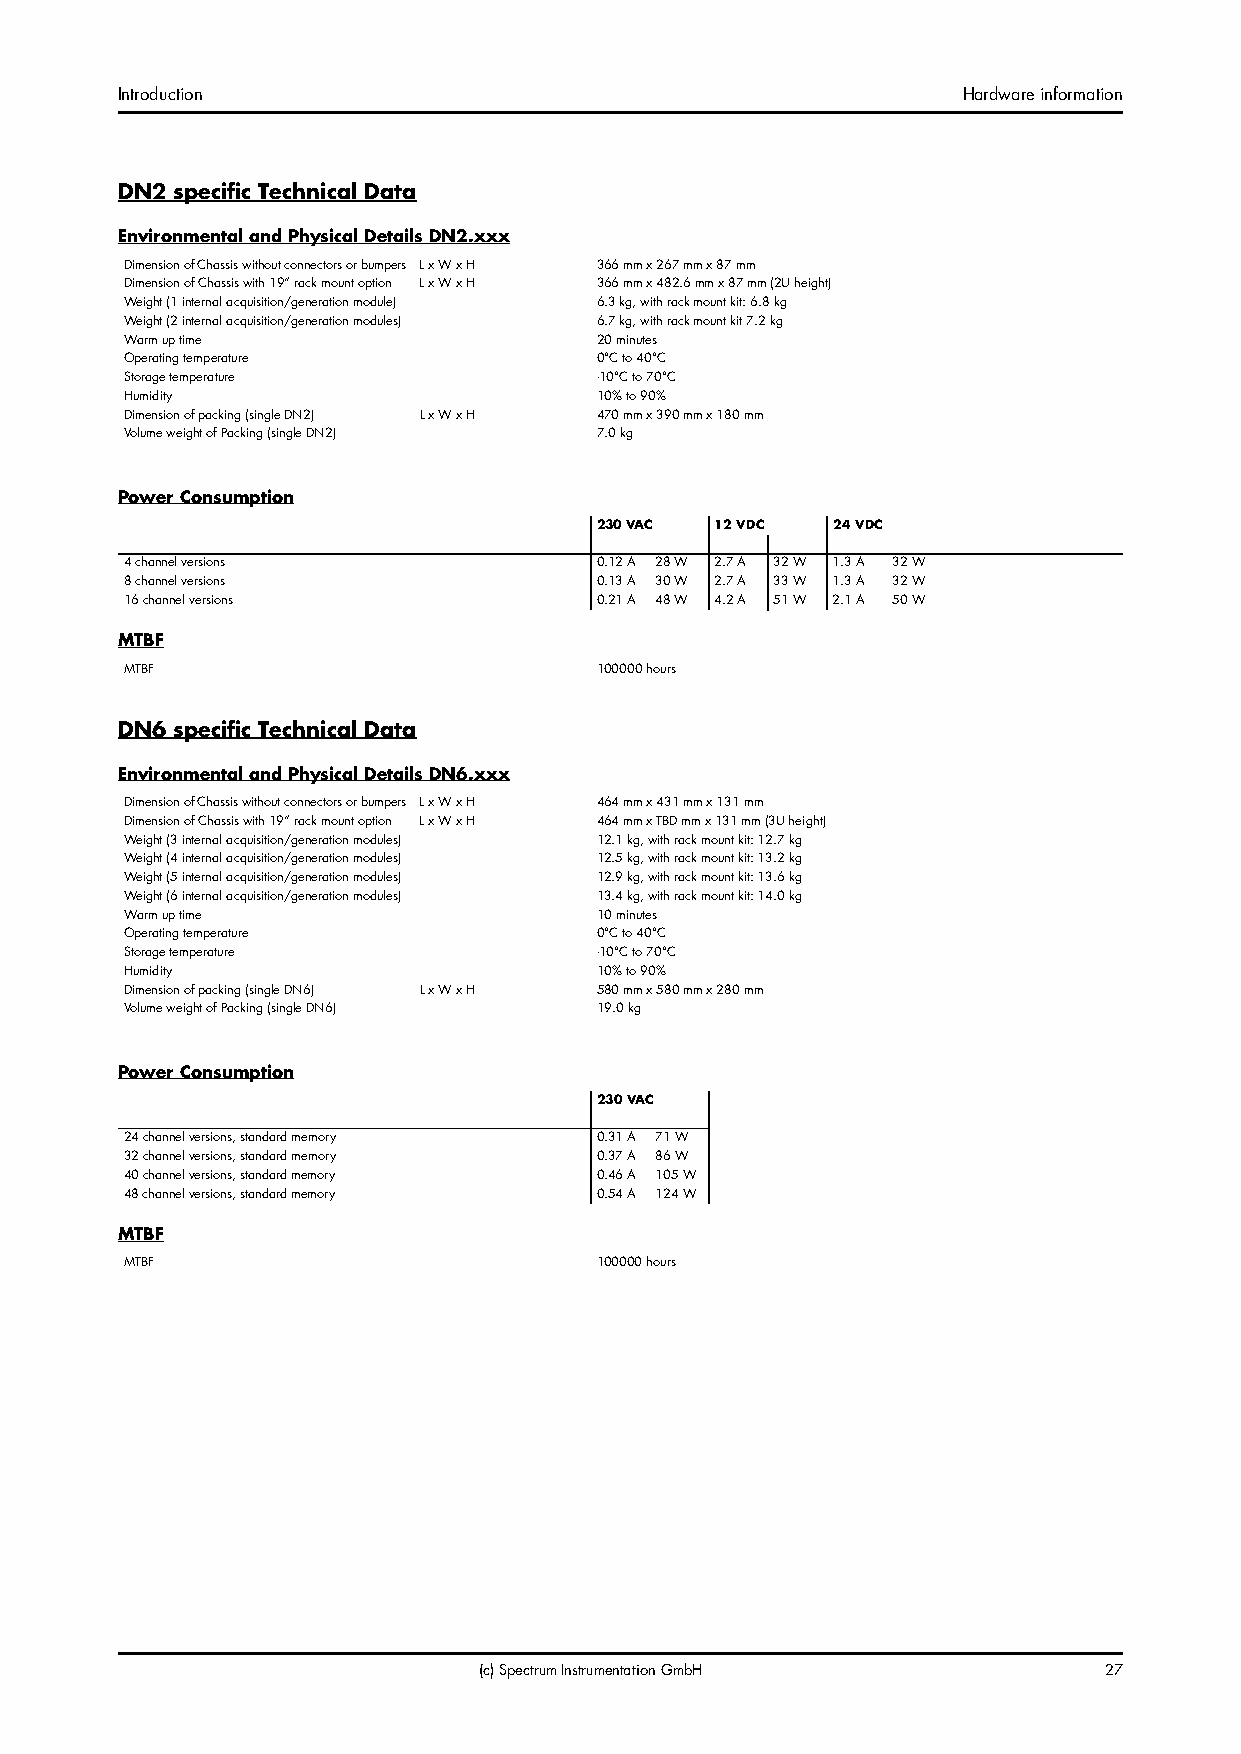
Introduction                                            Hardware information
 DN2 specific Technical Data
 Environmental and Physical Details DN2.xxx
 Dimension of Chassis without connectors or bumpers L x W x H 366 mm x 267 mm x 87 mm
 Dimension of Chassis with 19“ rack mount option L x W x H 366 mm x 482.6 mm x 87 mm (2U height)
 Weight (1 internal acquisition/generation module) 6.3 kg, with rack mount kit: 6.8 kg
 Weight (2 internal acquisition/generation modules) 6.7 kg, with rack mount kit 7.2 kg
 Warm up time                    20 minutes
 Operating temperature           0°C to 40°C
 Storage temperature             -10°C to 70°C
 Humidity                        10% to 90%
 Dimension of packing (single DN2) L x W x H 470 mm x 390 mm x 180 mm
 Volume weight of Packing (single DN2) 7.0 kg
 Power Consumption
 230 VAC 12 VDC 24 VDC
 4 channel versions              0.12 A 28 W 2.7 A 32 W 1.3 A 32 W
 8 channel versions              0.13 A 30 W 2.7 A 33 W 1.3 A 32 W
 16 channel versions             0.21 A 48 W 4.2 A 51 W 2.1 A 50 W
 MTBF
 MTBF                            100000 hours
 DN6 specific Technical Data
 Environmental and Physical Details DN6.xxx
 Dimension of Chassis without connectors or bumpers L x W x H 464 mm x 431 mm x 131 mm
 Dimension of Chassis with 19“ rack mount option L x W x H 464 mm x TBD mm x 131 mm (3U height)
 Weight (3 internal acquisition/generation modules) 12.1 kg, with rack mount kit: 12.7 kg
 Weight (4 internal acquisition/generation modules) 12.5 kg, with rack mount kit: 13.2 kg
 Weight (5 internal acquisition/generation modules) 12.9 kg, with rack mount kit: 13.6 kg
 Weight (6 internal acquisition/generation modules) 13.4 kg, with rack mount kit: 14.0 kg
 Warm up time                    10 minutes
 Operating temperature           0°C to 40°C
 Storage temperature             -10°C to 70°C
 Humidity                        10% to 90%
 Dimension of packing (single DN6) L x W x H 580 mm x 580 mm x 280 mm
 Volume weight of Packing (single DN6) 19.0 kg
 Power Consumption
 230 VAC
 24 channel versions, standard memory 0.31 A 71 W
 32 channel versions, standard memory 0.37 A 86 W
 40 channel versions, standard memory 0.46 A 105 W
 48 channel versions, standard memory 0.54 A 124 W
 MTBF
 MTBF                           100000 hours
 (c) Spectrum Instrumentation GmbH        27